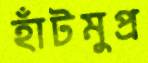
হাঁটমুপ্র